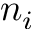
n _ { i }